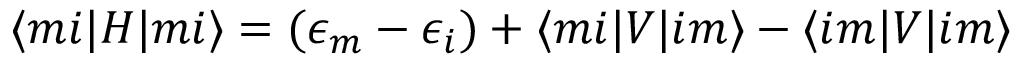
\langle m i | H | m i \rangle = ( \epsilon _ { m } - \epsilon _ { i } ) + \langle m i | V | i m \rangle - \langle i m | V | i m \rangle